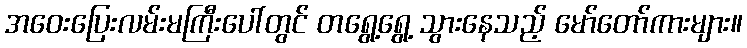
အဝေးပြေးလမ်းမကြီးပေါ်တွင် တရွေ့ရွေ့ သွားနေသည့် မော်တော်ကားများ။